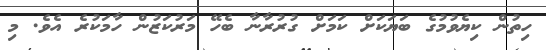
ހިތުން ކިޔެވުމުގެ ބަޔަކަށް ކަމަށް ގުރުރާނާ ބެހޭ މަރުކަޒުން ހާމަކުރެ އެވެ. މި